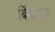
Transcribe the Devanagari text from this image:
बिंबाचा